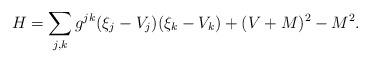
LaTeX: \begin{align*}H=\sum_{j,k} g^{jk}(\xi_j-V_j)(\xi_k-V_k)+(V+M)^2-M^2.\end{align*}